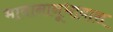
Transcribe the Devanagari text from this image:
भावानानूभावास